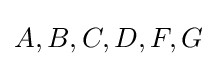
A,B,C,D,F,G